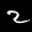
Label: 2